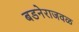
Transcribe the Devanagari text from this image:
बडनेराजवळ